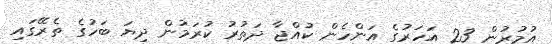
އުމުރުން 23 އަހަރުގެ އަންހެން ކުއްޖާ ދަތުރު ކުރަމުން ދިޔަ ބަހުގެ ތެރޭގައި